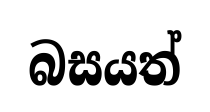
බසයත්